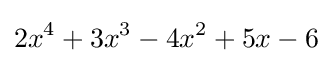
2x^{4}+3x^{3}-4x^{2}+5x-6